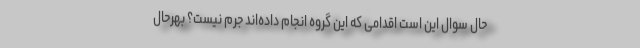
حال سوال این است اقدامی که این گروه انجام داده‌اند جرم نیست؟ بهرحال